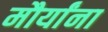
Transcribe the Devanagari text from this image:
मौर्यांना